Tartu_linnavalitsus, lk 16
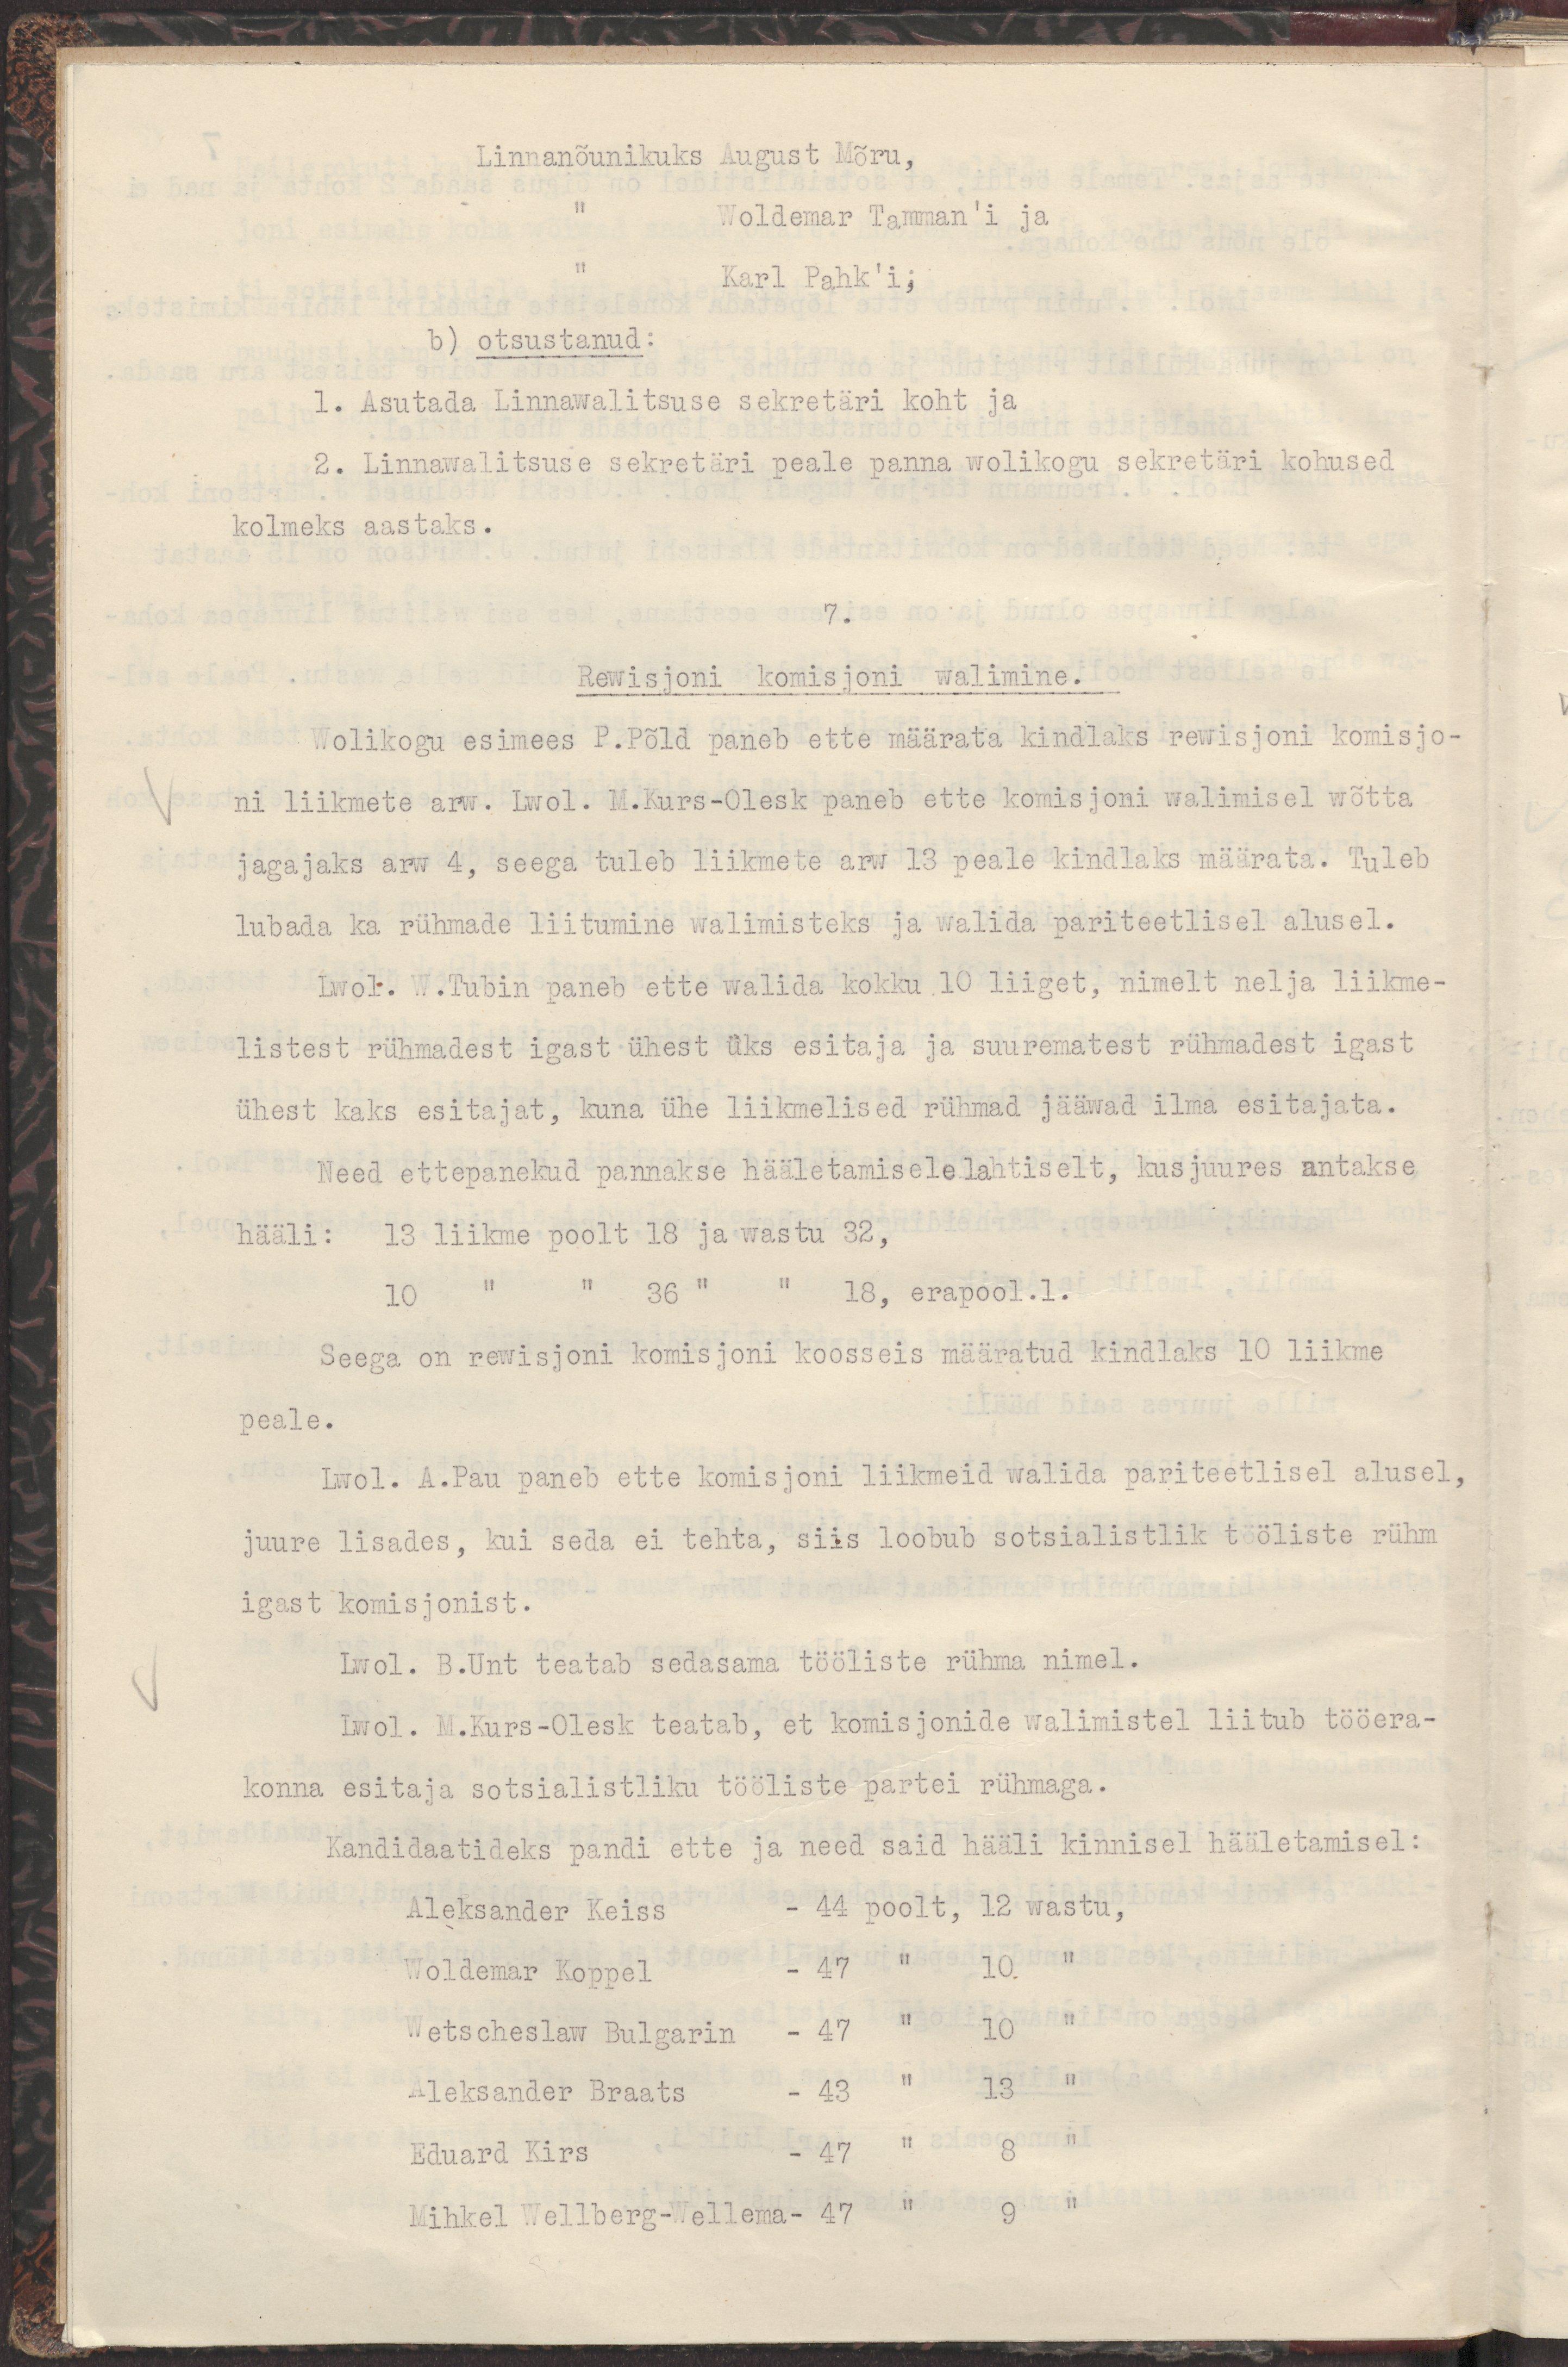
Linnanõunikuks August Mõru,
" Woldemar Tamman'i ja 
" Karl Pahk'i;
b) otsustanud:
1. Asutada Linawalitsuse sekretäri koht ja
2. Linnawalitsuse sekretäri peale panna wolikogu sekretäri kohused
kolmeks aastaks.
7.
Rewisjoni komisjoni walimine.
Wolikogu esimeed P.Põld paneb ette määrata kindlaks rewisjoni komisjo-
ni liikmete arw. Lwol. M.Kurs-Olesk paneb ette komisjoni walimisel wõtta
jagajaks arw 4, seega tuleb liikmete arw 13 peale kindlaks määrata. Tuleb
lubada ka rühmade liitumine walimisteks ja walida pariteetlisel alusel.
Lwol. W.Tubin paneb ette walida kokku 10 liiget, nimelt nelja liikme-
listest rühmadest igast ühest üks esitaja ja suurematest rühmadest igast
ühest kaks esitajat, kuna ühe liikmelised rühmad jääwad ilma esitajata.
Need ettepanekud pannakse hääletamisele lahtiselt, kusjuures antakse
hääli: 13 liikme poolt 18 ja wastu 32,
10 " " 36 " " 18, erapool. 1.
Seega on rewisjoni komisjoni koosseis määratud kindlaks 10 liikme
peale.
Lwol. A.Pau paneb ette komisjoni liikmeid walida pariteetlisel alusel,
juure lisades, kui seda ei tehta, siis loobub sotsialistlik tööliste rühm
igast komisjonist.
Lwol. B.Unt teatab sedasama tööliste rühma nimel.
Lwol. M.Kurs-Olesk teatab, et komisjonide walimistel liitub tööera-
konna esitaja sotsialistliku tööliste partei rühmaga.
Kandidaatideks pandi ette ja need said hääli kinnisel hääletamisel:
Aleksander Keiss - 44 poolt, 12 wastu,
Woldemar Koppel - 47 " 10 "
Wetscheslaw Bulgarin - 47 " 10 "
Aleksander Braats - 43 " 13 "
Eduard Kirs - 47 " 8 "
Mihkel Wellberg-Wellema - 47 " 9 "